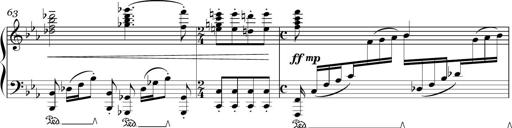
Title: Sonatina in E minor
Composer: Shuwen Zhang
Key: E minor